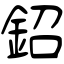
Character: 鉊